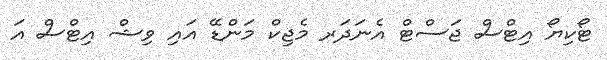
ޓޯކިޔޯ އިޓްސް ޖަސްޓް އެނަދަރ މެޖިކް މަންޑޭ އައި ވިޝް އިޓްސް އަ